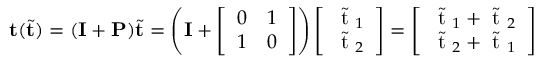
\mathbf { t } ( \tilde { \mathbf { t } } ) = ( \mathbf { I } + \mathbf { P } ) \tilde { \mathbf { t } } = \left( \mathbf { I } + \left[ \begin{array} { l l } { 0 } & { 1 } \\ { 1 } & { 0 } \end{array} \right] \right) \left[ \begin{array} { l } { \tilde { \mathrm { ~ t ~ } } _ { 1 } } \\ { \tilde { \mathrm { ~ t ~ } } _ { 2 } } \end{array} \right] = \left[ \begin{array} { l } { \tilde { \mathrm { ~ t ~ } } _ { 1 } + \tilde { \mathrm { ~ t ~ } } _ { 2 } } \\ { \tilde { \mathrm { ~ t ~ } } _ { 2 } + \tilde { \mathrm { ~ t ~ } } _ { 1 } } \end{array} \right]